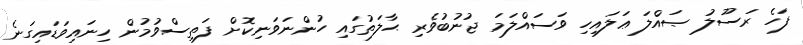
ފަހެ ރަސޫލު ޞައްލަ ޢަލައިހި ވަސައްލަމަ ޖުނުބުވެރި ޙާލަތުގައި ހުންނަވަނިކޮށް ފަތިސްވުމުން ހިނައިވަޑައިގަނެ